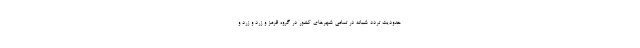
حدودیت تردد شبانه در تمامی شهرهای کشور در گروه قرمز و زرد و زرد و